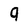
Character: 9